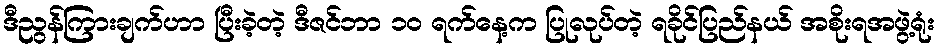
ဒီညွန်ကြားချက်ဟာ ပြီးခဲ့တဲ့ ဒီဇင်ဘာ ၁၀ ရက်နေ့က ပြုလုပ်တဲ့ ရခိုင်ပြည်နယ် အစိုးရအဖွဲ့ရုံး